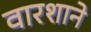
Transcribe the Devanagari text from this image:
वारशाने